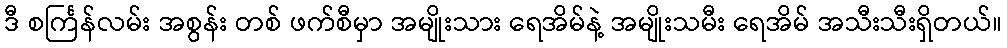
ဒီ စင်္ကြန်လမ်း အစွန်း တစ် ဖက်စီမှာ အမျိုးသား ရေအိမ်နဲ့ အမျိုးသမီး ရေအိမ် အသီးသီးရှိတယ်။